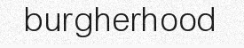
burgherhood